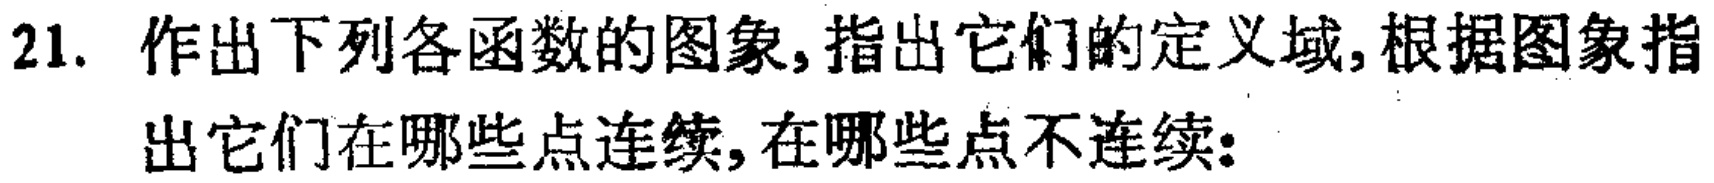
21. 作出下列各函数的图象,指出它们的定义域,根据图象指出它们在哪些点连续,在哪些点不连续: